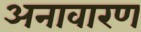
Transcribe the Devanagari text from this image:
अनावारण